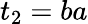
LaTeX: t_{2}=ba